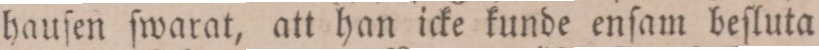
hauſen ſwarat, att han ick kunde enſam beſluta